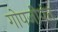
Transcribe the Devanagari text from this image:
गोपजीपंत